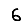
Digit: 6